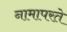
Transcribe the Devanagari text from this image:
नामापरते